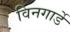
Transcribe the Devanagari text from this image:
विनगार्डे